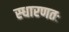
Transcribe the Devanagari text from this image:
स्धारणतः